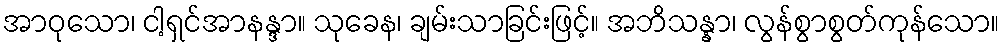
အာဝုသော၊ ငါ့ရှင်အာနန္ဒာ။ သုခေန၊ ချမ်းသာခြင်းဖြင့်။ အဘိသန္နာ၊ လွန်စွာစွတ်ကုန်သော။